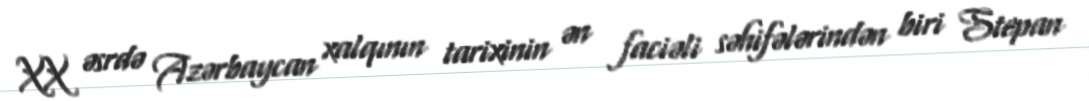
XX əsrdə Azərbaycan xalqının tarixinin ən faciəli səhifələrindən biri Stepan